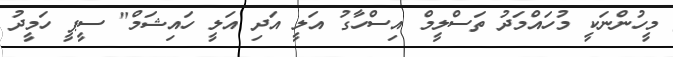
މީހުންނަކީ މުހައްމަދު ތަސްލީމް އިސްހާގު އަލީ އަދި އަލީ ހައިޝަމް" ސީޕީ ހަމީދު